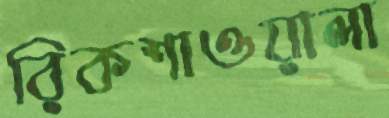
রিকশাওয়ালা